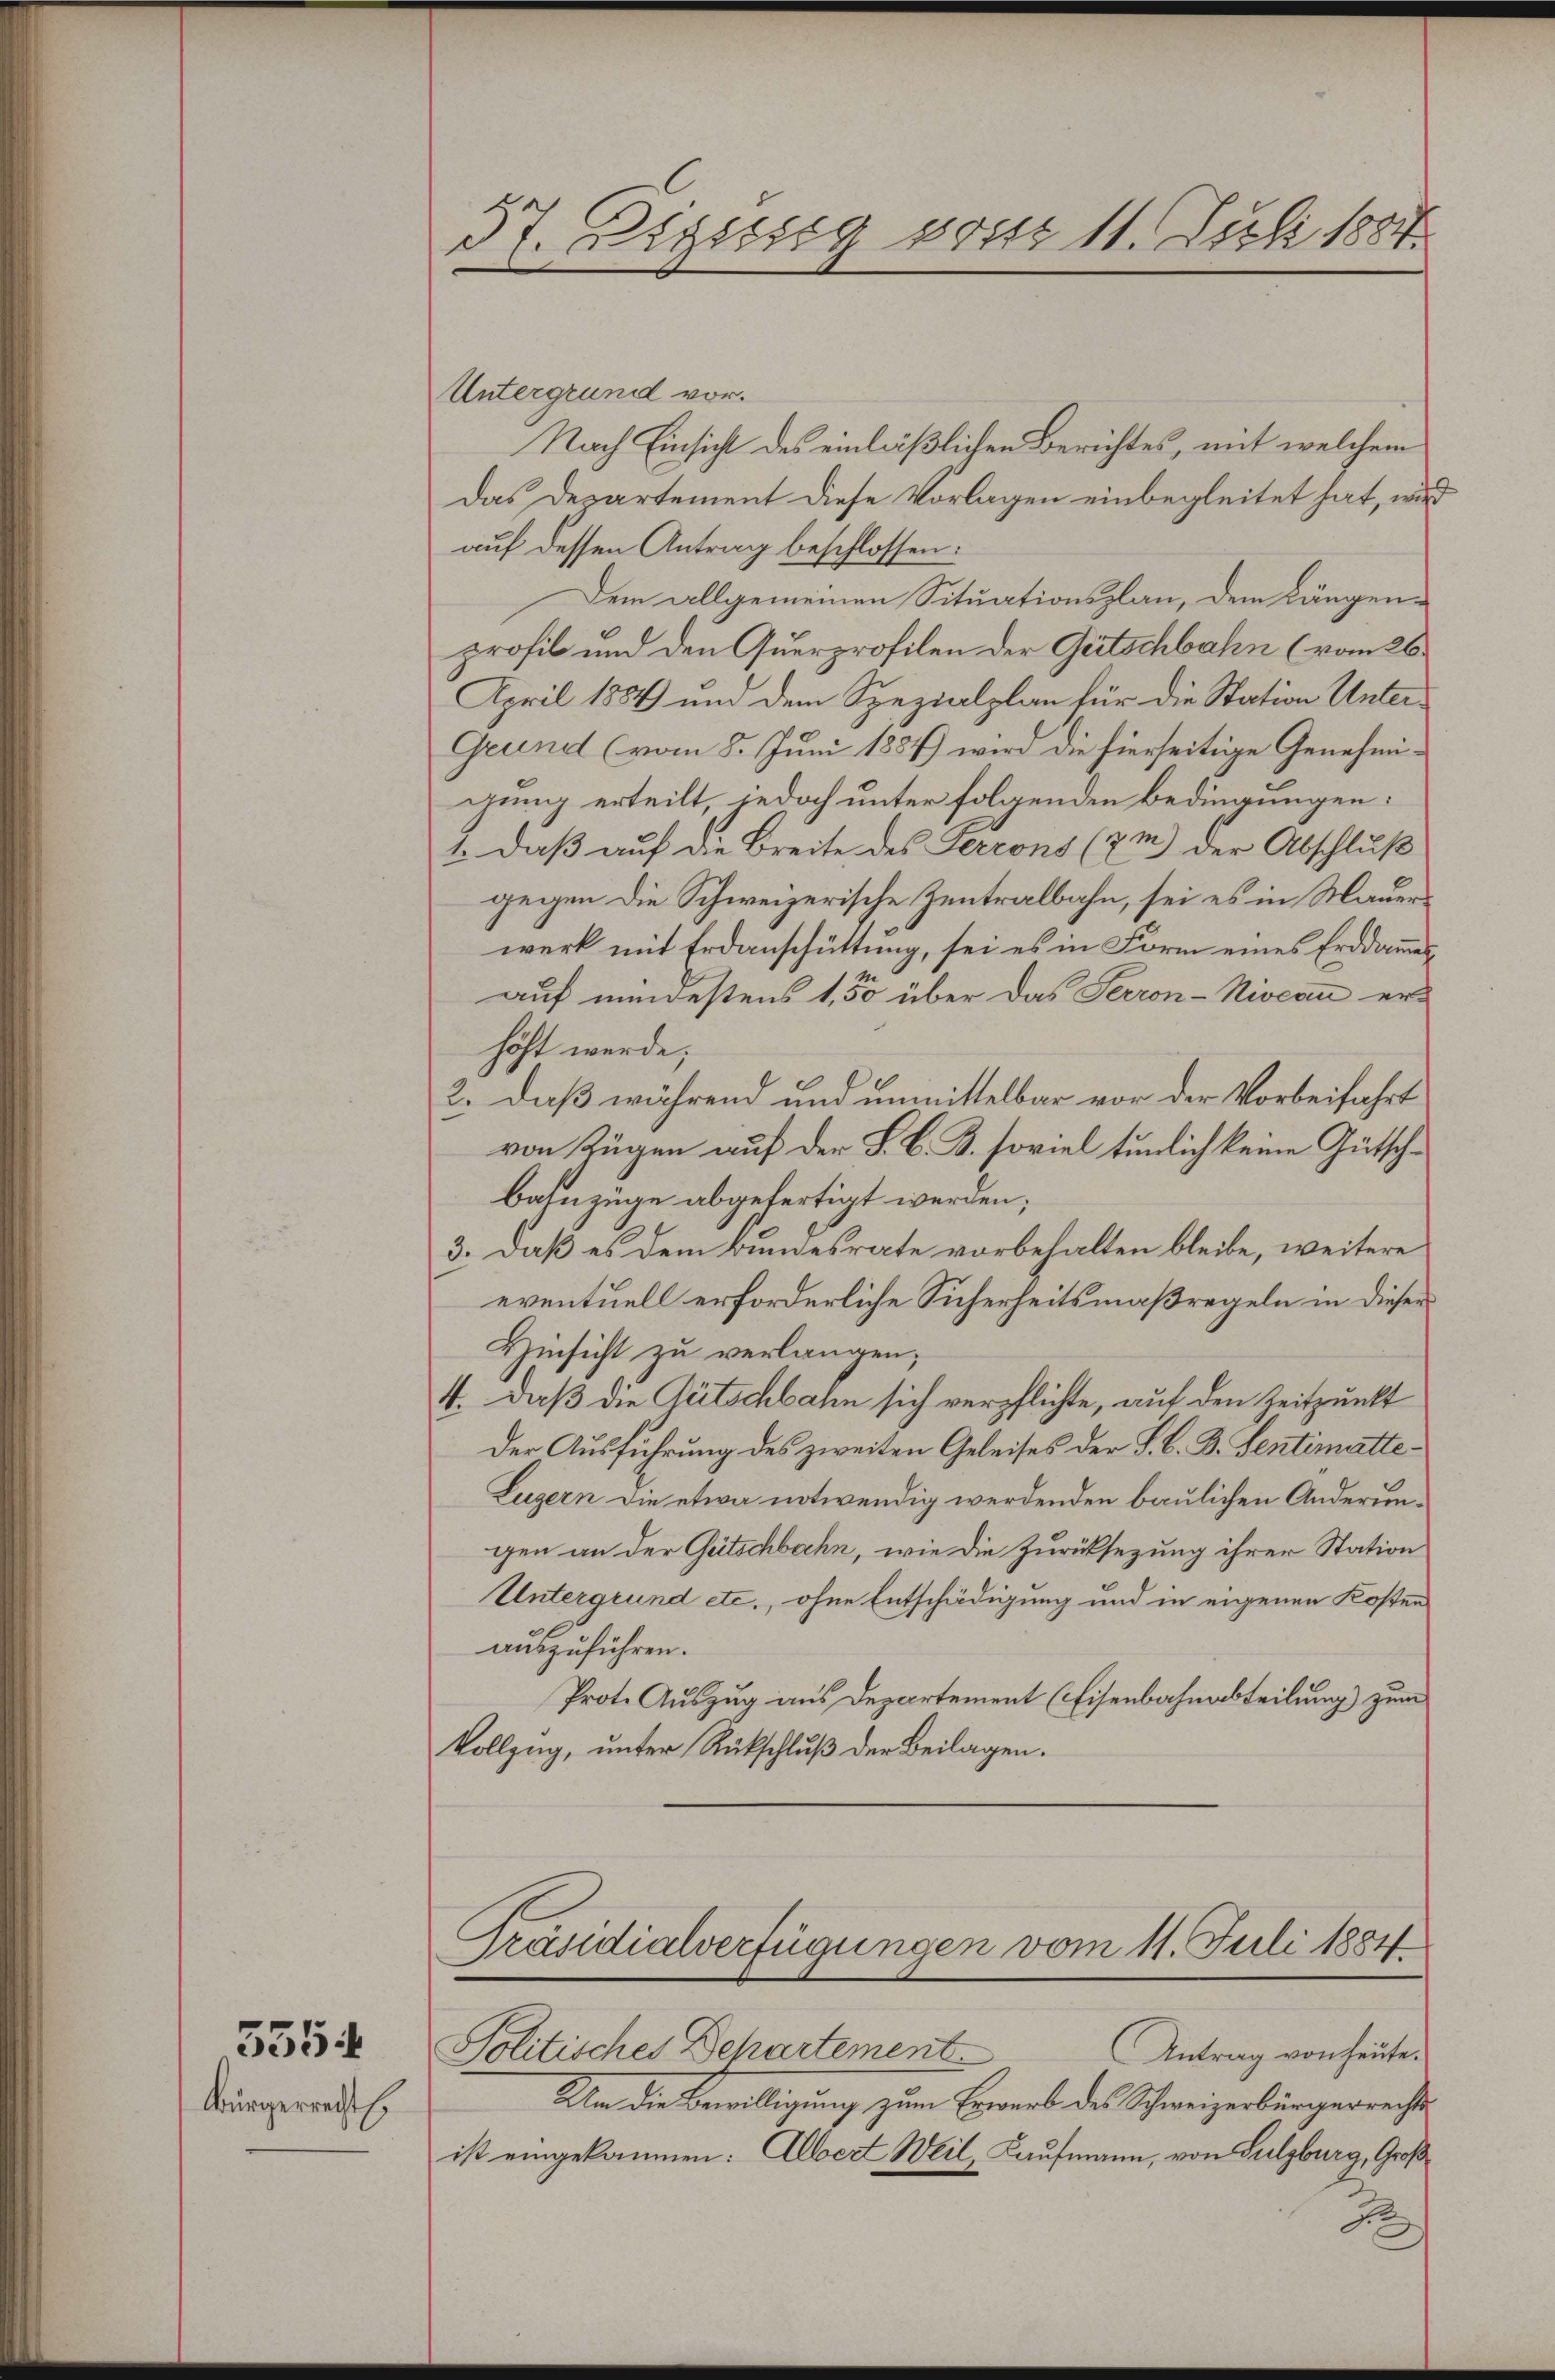
Bürgerrechts

5554

Untergrund vor.
Nach Einsicht des einläßlichen Berichtes, mit welchem
Das Departement diese Vorlagen einbegleitet hat, wird
auf dessen Antrag beschlossen:
Dem allgemeinen Situationsplan, dem Längenprofil und den Querprofilen der Gutschbahn (vom 26.
April 1884 und dem Spezialplan für die Station Unter¬
Grund (vom 8. Juni 1884) wird die hierseitige Genehmigung erteilt, jedoch unter folgenden Bedingungen:
1. Daß auf die Breite des Terrons (zm) der Abschlŭβ
gegen die Schweizerische Zentralbahn, sei es in Mauers
werk mit Erdanschüttung, sei es in Form eines Erddammen
auf mindestens 1,50 über das Serron-Niveau erhöht werde,
2. daß während und unmittelbar vor der Vorbeifahrt
von Zügen auf der L. B. B. soviel tunlich keine Gütsch¬
Bahnzüge abgefertigt werden;
3. Daß es dem Bundesrate vorbehalten bleibe, weitere
eventuell erforderliche Sicherheitsmaßregeln in dieser
Hinsicht zu verlangen;
4. daß die Rutschbahn sich verpflichte, auf den Zeitpunkt
Der Ausführung des zweiten Geleises der B. G. B. Sentimatte¬
Luzern die etwa notwendig werdenden baulichen Anderungen an der Gütschbahn, wie die Zurücksezung ihrer Station
Untergrund etc., ohne Entschädigung und in eigenen Kosten
auszuführen.
Prote Auszug aus Departement (Eisenbahnabteilung) zum
Vollzug, unter Rückschluß der Beilagen.

37. Zugesig post 11. Juli 1884.

Präsidialverfügungen vom 11. Juli 1884
Politisches Behartement
Antrag von heute.

Um die Bewilligung zum Erwerb des Schweizerbürgerrechts
ist eingekommen: Albert Weil, Kaufmann, von Sulzburg, Groß¬
F